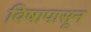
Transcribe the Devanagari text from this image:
विषापासून